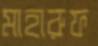
মাহারুফ